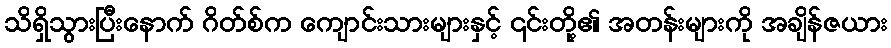
သိရှိသွားပြီးနောက် ဂိတ်စ်က ကျောင်းသားများနှင့် ၎င်းတို့၏ အတန်းများကို အချိန်ဇယား